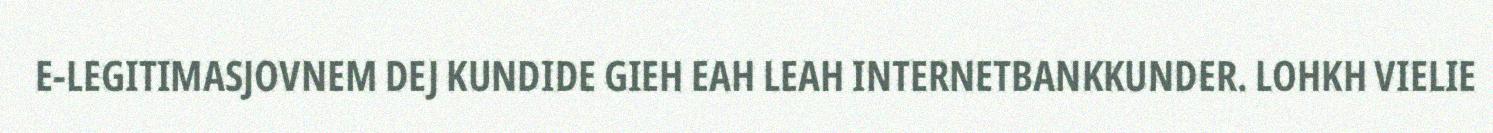
E-LEGITIMASJOVNEM DEJ KUNDIDE GIEH EAH LEAH INTERNETBANKKUNDER. LOHKH VIELIE